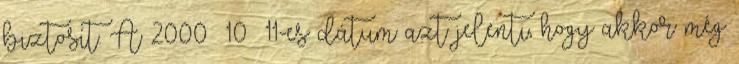
biztosít. A 2000 10 11-es dátum azt jelenti, hogy akkor még